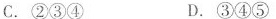
C.②③④ D.③④⑤